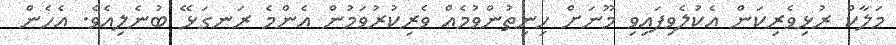
މަލާކް ރުޅިވެރިކަން އެކުލެވިފައިވި މޫނަށް ހިނިތުންވުމެއް ވެރިކުރުވަމުން އެންމެ ރަނގަޅޭ ބުނެލިއެވެ. އެހެން